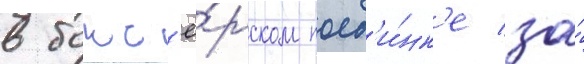
в бокс'ё́рском поед'и́нк'е за́